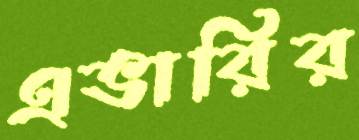
এভারির